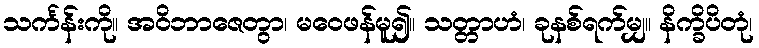
သင်္ကန်းကို။ အဝိဘာဇေတွာ၊ မဝေဖန်မူ၍။ သတ္တာဟံ၊ ခုနစ်ရက်မျှ။ နိက္ခိပိတုံ၊